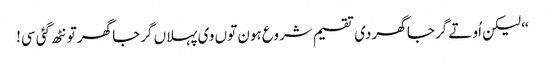
‘‘ لیکن اُو تے گرجا گھر دی تقسیم شروع ہون توں وی پہلاں گرجا گھر تو نٹھ گئی سی!